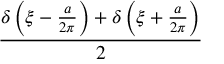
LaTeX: \frac { \delta \left( \xi - { \frac { a } { 2 \pi } } \right) + \delta \left( \xi + { \frac { a } { 2 \pi } } \right) } { 2 }